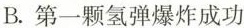
B.第一颗氢弹爆炸成功